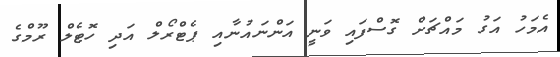
އެމަހު އަގު މައްޗަށް ގޮސްފައި ވަނީ އަންނައުނާއި ޕެޓްރޯލް އަދި ހޮޓެލް ރޫމްގެ